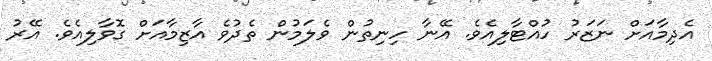
އެދިމާއަށް ނަޒަރު ހުއްޓާލިއެވެ. އޭނާ ހިނިތުން ވެލަމުން ތެދުވެ އާޒިމާއަށް ގޮވާލިއެވެ. އޭރު